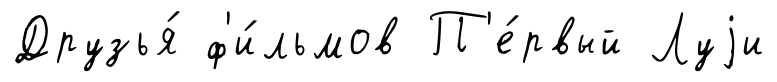
Друзья́ ф'и́льмов П'е́рвый Луjи